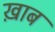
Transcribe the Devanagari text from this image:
ख़ाब